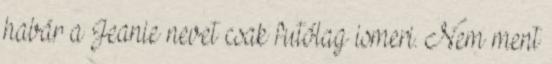
habár a Jeanie nevet csak futólag ismeri. Nem ment